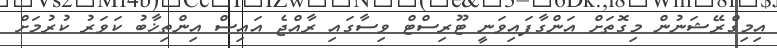
އިމިގްރޭޝަނުން މިގޮތަށް އަންގާފައިވަނީ ޓޫރިސްޓް ވިސާގައި ރާއްޖެ އައިސް އިންތިޚާބު ކަވަރު ކުރުމަށް